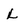
Character: L